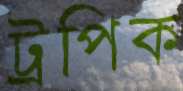
ট্রপিক